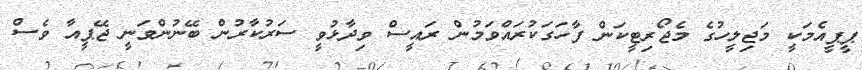
ޕީޕީއެމަކީ މަޖިލީހުގެ މެޖޯރިޓީކަން ފާހަގަކުރައްވަމުން ރައީސް ވިދާޅުވީ ސަރުކާރުން ބޭނުންވަނީ ޖޭޕީއާ ވެސް